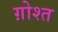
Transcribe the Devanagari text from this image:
ग़ोश्त